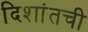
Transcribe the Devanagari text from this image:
दिशांतची